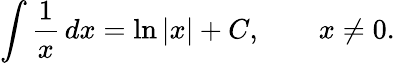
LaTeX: \int{\frac{1}{x}}\, dx=\ln|x|+C,\qquad x\neq 0.